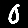
Digit: 0